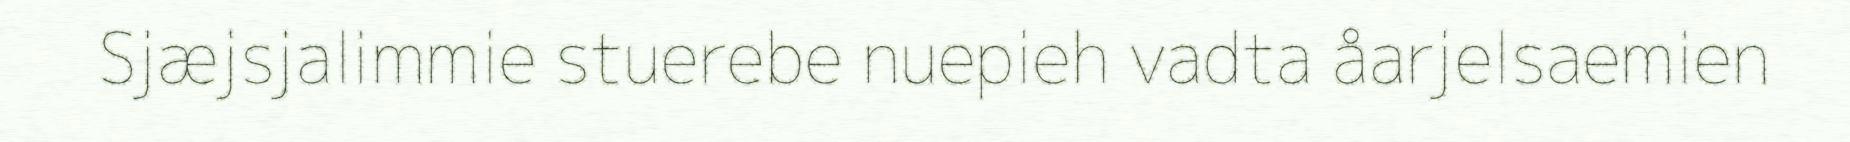
Sjæjsjalimmie stuerebe nuepieh vadta åarjelsaemien